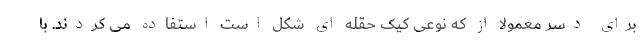
برای دسر معمولا از که نوعی کیک حقله ای شکل است استفاده می کردند. با